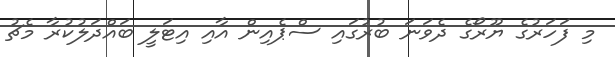
މި ފަހަރުގެ ޔޫރޯގެ ދެވަނަ ބުރުގައި ސްޕެއިން އާއި އިޓަލީ ބައްދަލުކުރާ މެޗު